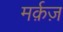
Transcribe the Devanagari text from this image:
मर्क़ज़